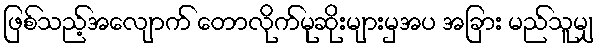
ဖြစ်သည့်အလျောက် တောလိုက်မုဆိုးများမှအပ အခြား မည်သူမျှ